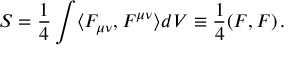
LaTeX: S = \frac { 1 } { 4 } \int \langle F _ { \mu \nu } , F ^ { \mu \nu } \rangle d V \equiv \frac { 1 } { 4 } ( F , F ) \, .